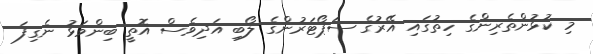
މި ކުޅުންތެރިންގެ ހިތުގައި އޭރުގެ ސަޕޯޓަރުންގެ ލޯބި އަދިވެސް އޮތީ ބިންވަޅު ނެގިފަ